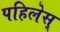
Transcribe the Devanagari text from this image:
पहिलेस्